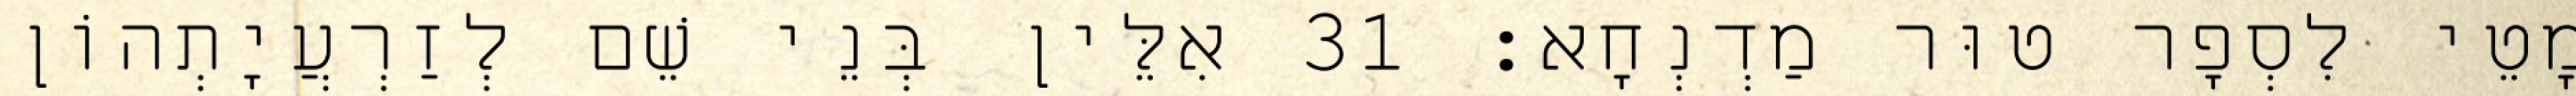
מָטֵי לִסְפָר טוּר מַדְנְחָא׃ 31 אִלֵּין בְּנֵי שֵׁם לְזַרְעֲיָתְהוֹן